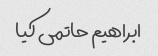
ابراهیم حاتمی کیا